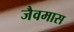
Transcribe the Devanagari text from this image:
जैवमास